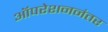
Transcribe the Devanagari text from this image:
ऑपरेशननंतर